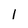
Character: 1